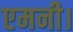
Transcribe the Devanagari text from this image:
एमनी।